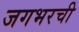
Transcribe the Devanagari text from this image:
जगभरची